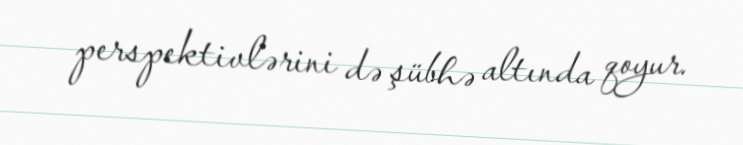
perspektivlərini də şübhə altında qoyur.